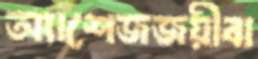
অ্যাশেজজয়ীবা